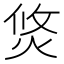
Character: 焂